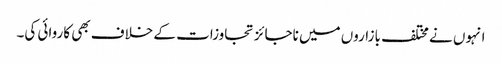
انہوں نے مختلف بازاروں میں ناجائز تجاوزات کے خلاف بھی کاروائی کی۔